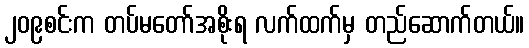
၂၀၉စင်းက တပ်မတော်အစိုးရ လက်ထက်မှ တည်ဆောက်တယ်။